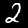
Digit: 2